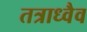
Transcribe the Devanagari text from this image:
तत्राध्वैव